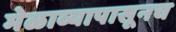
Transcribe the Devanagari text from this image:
मेळाव्यापासूनच